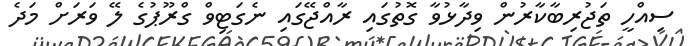
ސިއްހީ ތަޖުރިބާކާރުން ވިދާޅުވާ ގޮތުގައި ރާއްޖޭގައި ނެގަޓިވް ގްރޫޕުގެ ލޭ ވަރަށް މަދެ